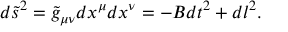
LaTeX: d \tilde { s } ^ { 2 } = \tilde { g } _ { \mu \nu } d x ^ { \mu } d x ^ { \nu } = - B d t ^ { 2 } + d l ^ { 2 } .